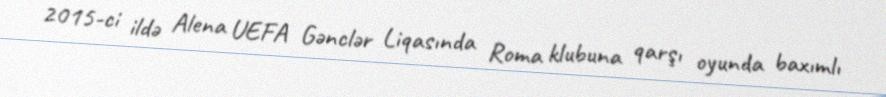
2015-ci ildə Alena UEFA Gənclər Liqasında Roma klubuna qarşı oyunda baxımlı